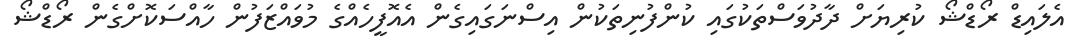
އެލައިޑް ރޯޑްޝޯ ކުރިޔަށް ދާދުވަސްތަކުގައި ކުންފުނިތަކުން އިސްނަގައިގެން އެއޮފީހެއްގެ މުވައްޒަފުން ހާއްސަކޮށްގެން ރޯޑްޝޯ